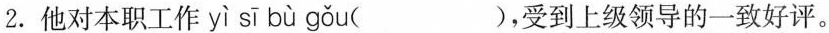
2.他对本职工作 yì sǐ bù gǒu ( )，受到上级领导的一致好评。